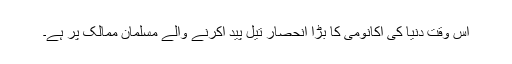
اِس وقت دُنیا کی اکانومی کا بڑا اِنحصار تیل پید اکرنے والے مسلمان ممالک پر ہے۔